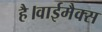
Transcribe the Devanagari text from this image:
है।वाईमैक्स